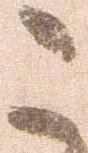
こ